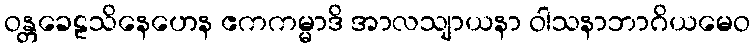
ဝန္တခေဠသိနေဟေန ဧကကမ္မာဒိ အာလသျာယနာ ဝါသနာဘာဂိယမေဝ